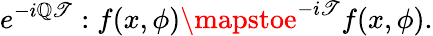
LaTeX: e^{-i\mathbb{Q}\mathscr{T}}:f(x,\phi)\mapstoe^{-i\mathscr{T}}f(x,\phi).